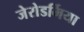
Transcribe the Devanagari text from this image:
जेरोडर्मिया